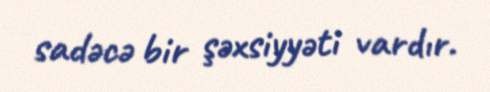
sadəcə bir şəxsiyyəti vardır.